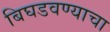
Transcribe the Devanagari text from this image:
बिघडवण्याचा